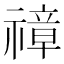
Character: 𱵨